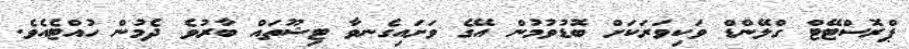
ޕްރޮސްޓޭޓް ގްލޭންޑް ވަކިވަރަކަށް ބޮޑުވުމުން އޭގެ ވަށައިގެނވާ ޓިޝޫތައް ބާރުވެ ދެމުން ހުއްޓެއެވެ.